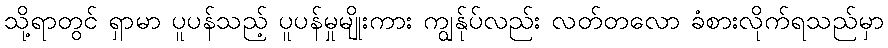
သို့ရာတွင် ရှာမာ ပူပန်သည့် ပူပန်မှုမျိုးကား ကျွန်ုပ်လည်း လတ်တလော ခံစားလိုက်ရသည်မှာ